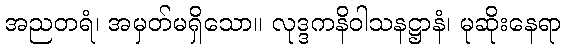
အညတရံ၊ အမှတ်မရှိသော။ လုဒ္ဒကနိဝါသနဋ္ဌာနံ၊ မုဆိုးနေရာ